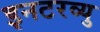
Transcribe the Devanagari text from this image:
इनटरव्यु